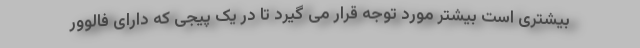
بیشتری است بیشتر مورد توجه قرار می گیرد تا در یک پیجی که دارای فالوور